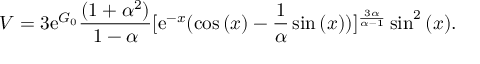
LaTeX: V = 3 \mathrm { e } ^ { G _ { 0 } } \frac { ( 1 + \alpha ^ { 2 } ) } { 1 - \alpha } [ \mathrm { e } ^ { - x } ( \cos { ( x ) } - \frac { 1 } { \alpha } \sin { ( x ) } ) ] ^ { \frac { 3 \alpha } { \alpha - 1 } } \sin ^ { 2 } { ( x ) } .